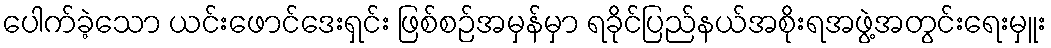
ပေါက်ခဲ့သော ယင်းဖောင်ဒေးရှင်း ဖြစ်စဉ်အမှန်မှာ ရခိုင်ပြည်နယ်အစိုးရအဖွဲ့အတွင်းရေးမှူး